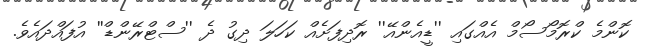
ކޮންމެ ކްރޮމޯސޯމް އެއްގައި ''ޑީއެންއޭ'' ރޮދިފަށެއް ކަހަލަ ދިގު ދެ ''ސްޓްރޭންޑް'' އުފައްދައެވެ.